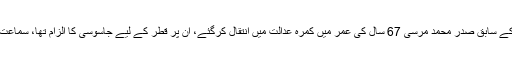
عرب ٹی وی کے مطابق مصر کے سابق صدر محمد مرسی 67 سال کی عمر میں کمرہ عدالت میں انتقال کرگئے، ان پر قطر کے لیے جاسوسی کا الزام تھا، سماعت کے لیے کمرہ عدالت میں تھے۔